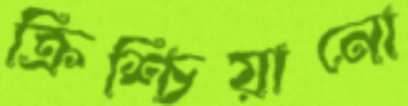
ক্রিশ্চিয়ানো